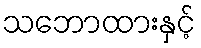
သဘောထားနှင့်